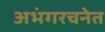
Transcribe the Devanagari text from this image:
अभंगरचनेत